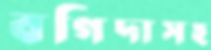
বগিদাসহ